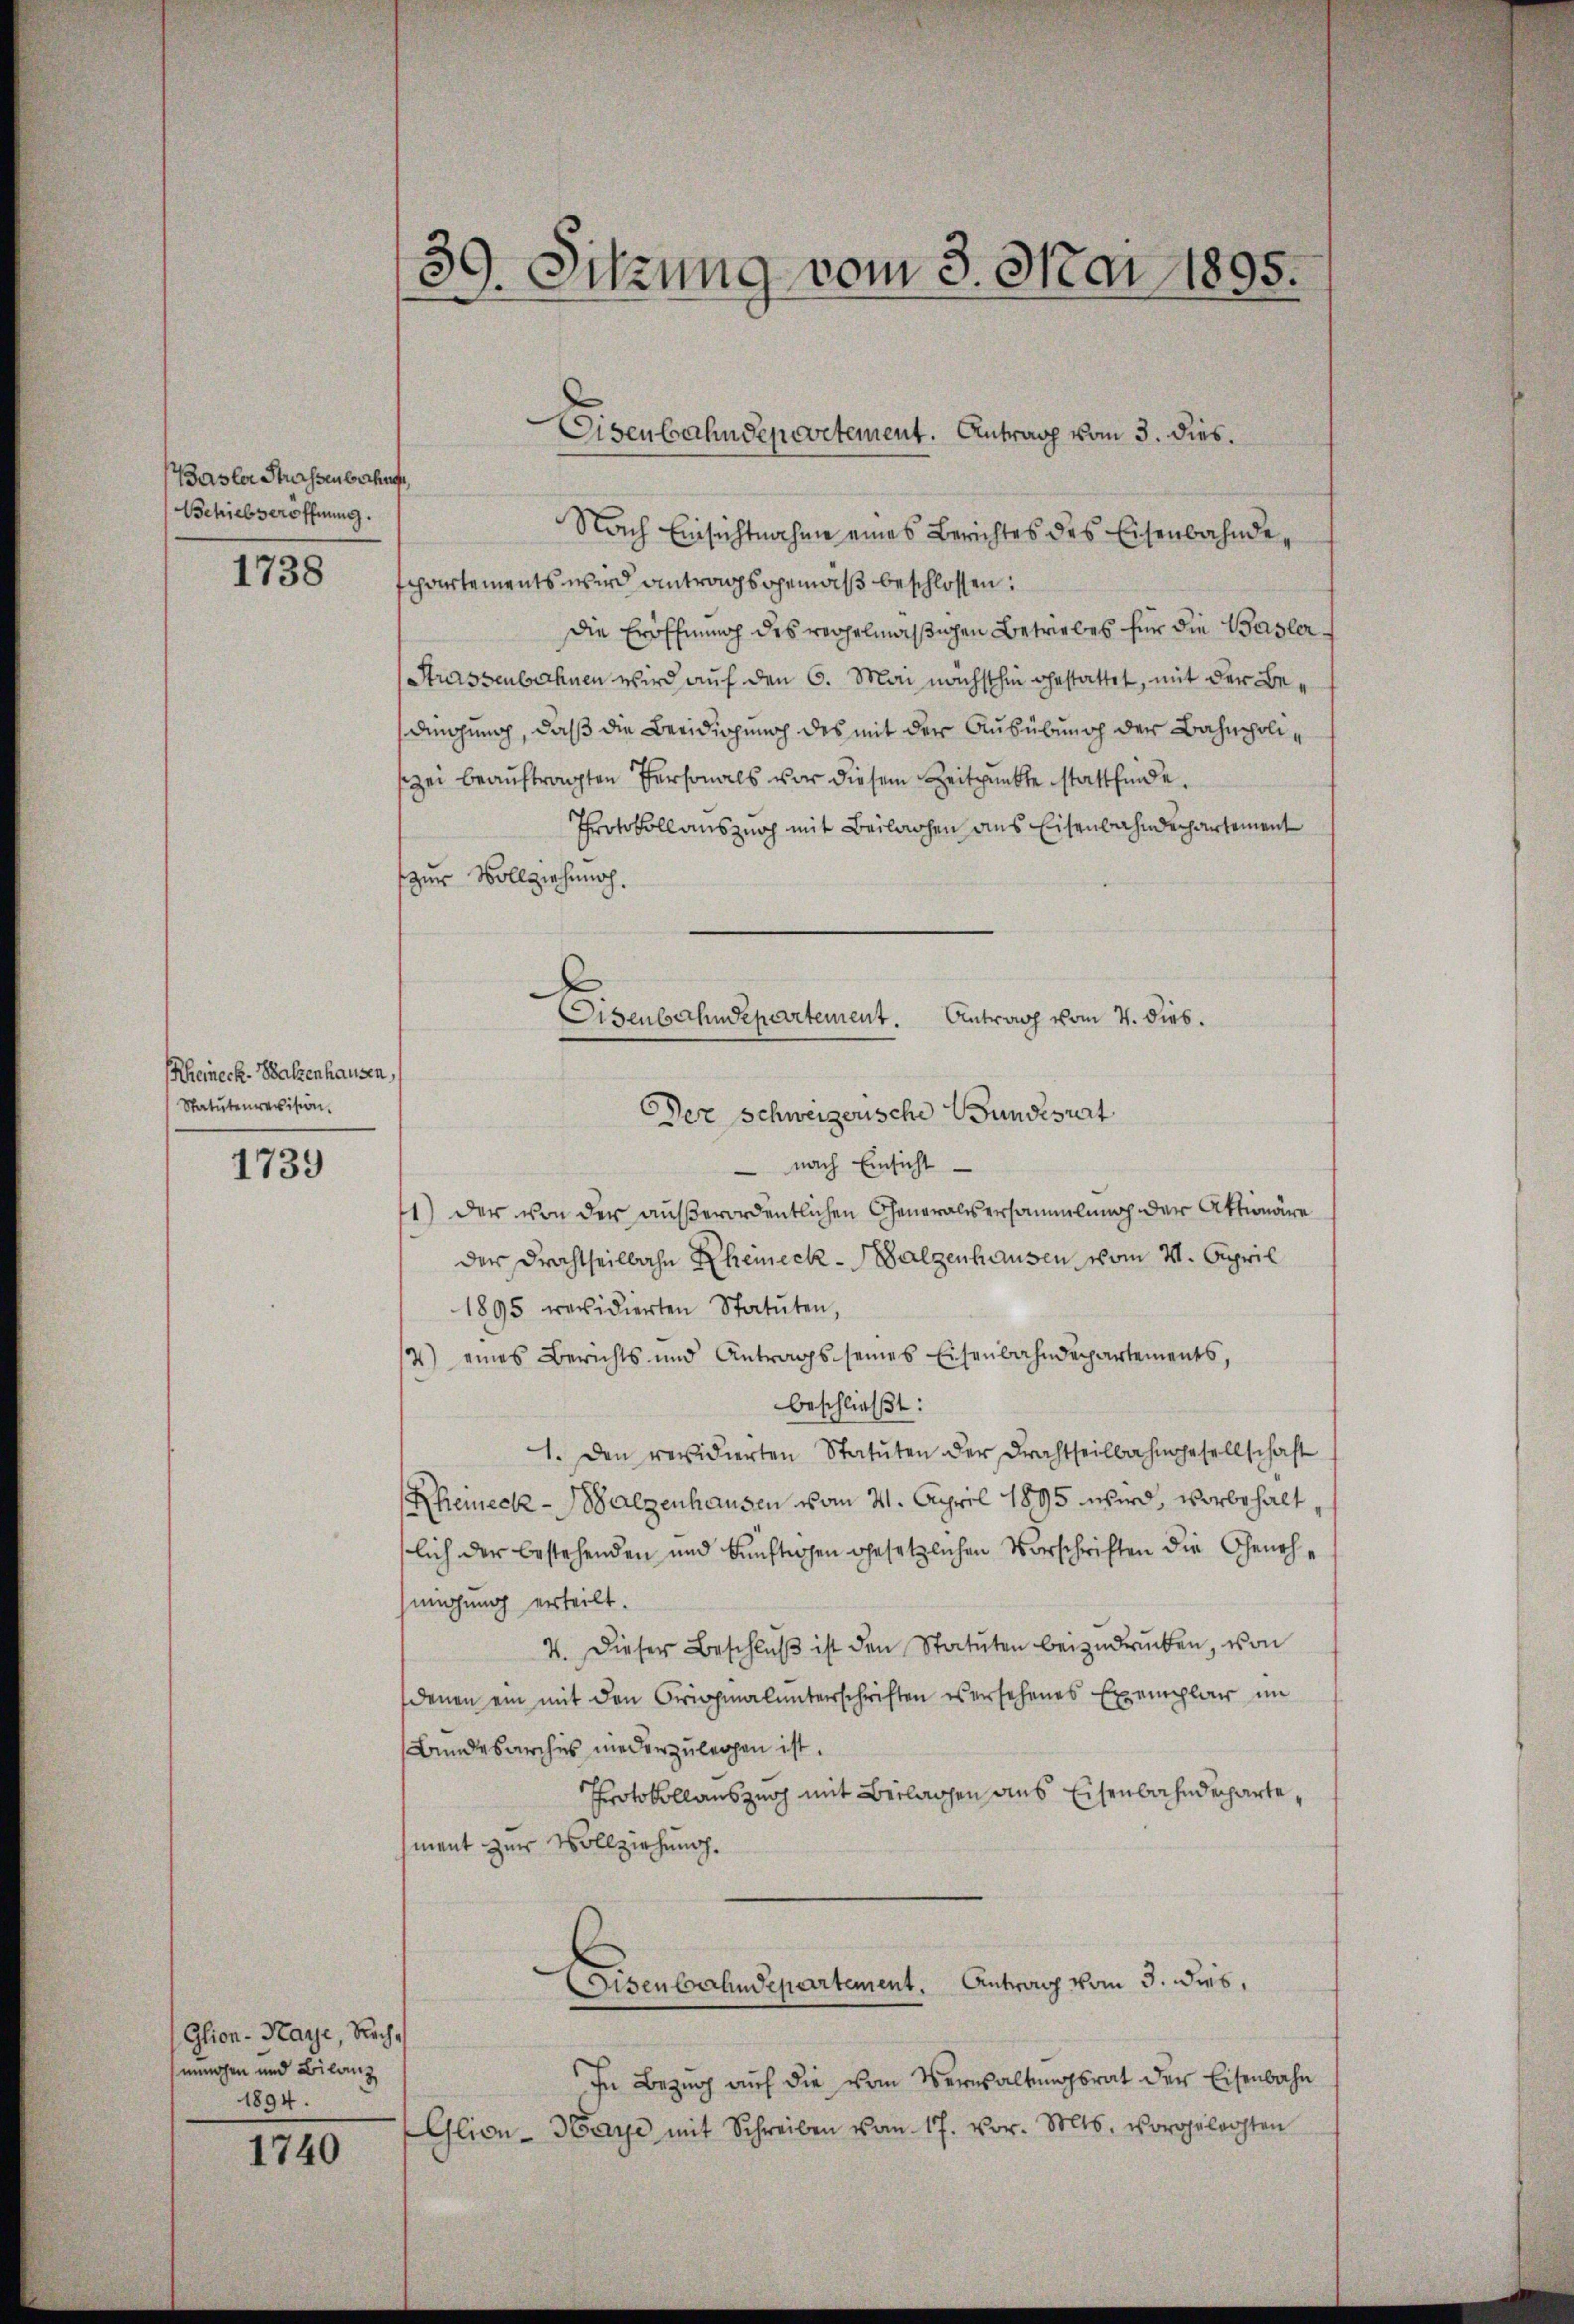
Basler Strassen behufe
Bchriebseröffnung.

1738

(Rheineck. Balzenhausen,
Statutenrevision.

1739

Glion-Kaye, Rechmungen und Bilanz
1894.

1740

d
)
Sitzung vom 3. Mai 1895.

Nach Einsichtnahme eines Berichtes des Eisenbahndeschartements wird antragsgemäß beschlossen:
Die Eröffnung des regelmäßigen Betriebes für die Basler
Strassenbahnen wird auf den 6. Mai nächsthin gestattet, mit der Bedingung, daß die Beeidigung des mit der Ausübung der Bahnpoliszei beauftragten Personals vor diesem Zeitpunkte stattfinde.
Protokoll auszug mit Beilagen aus Eisenbahndepartement
zur Vollziehung.
Der Schweizerische Wundesrat
 nach Einsicht
1) der von der außerordentlichen Generalsersammlung der Aktionäre
der Drahtheilbahn Rheineck-Salzenhausen vom 4. April
1895 revidierten Statuten,
4) eines Berichts und Antrags seines Eisenbahndepartements,
beschließt:
1. Den revidierten Statŭten der Frachtheilbahngesellschaft
Rheineck-Salzenhausen vom 21. April 1895 wird, vorbehalt
lich der bestehenden und künftigen gesetzlichen Vorschriften die Genehüngung erteilt.
V. Dieser Beschlŭβ ist den Statuten beizudrücken, von
denen ein mit den Originalunterschriften versehenes Exemplar im
Bundesarches niederzulegen ist.
Protokollauszug mit Beilagen aus Eisenbahndepartement zur Vollziehung.
.
Disenbahndepartement. Antrag vom 3. dies
In Bezug auf die vom Versaltungsrat der Eisenbahn
Glion-Haye mit Schreiben vom 17. vor. Mts. vorgelegten

Eisenbahndepartement. Antrag vom 3. dies.

Eisenbahndepartement. Antrag vom 4. Dieb.